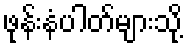
ဖုန်းနံပါတ်များသို့